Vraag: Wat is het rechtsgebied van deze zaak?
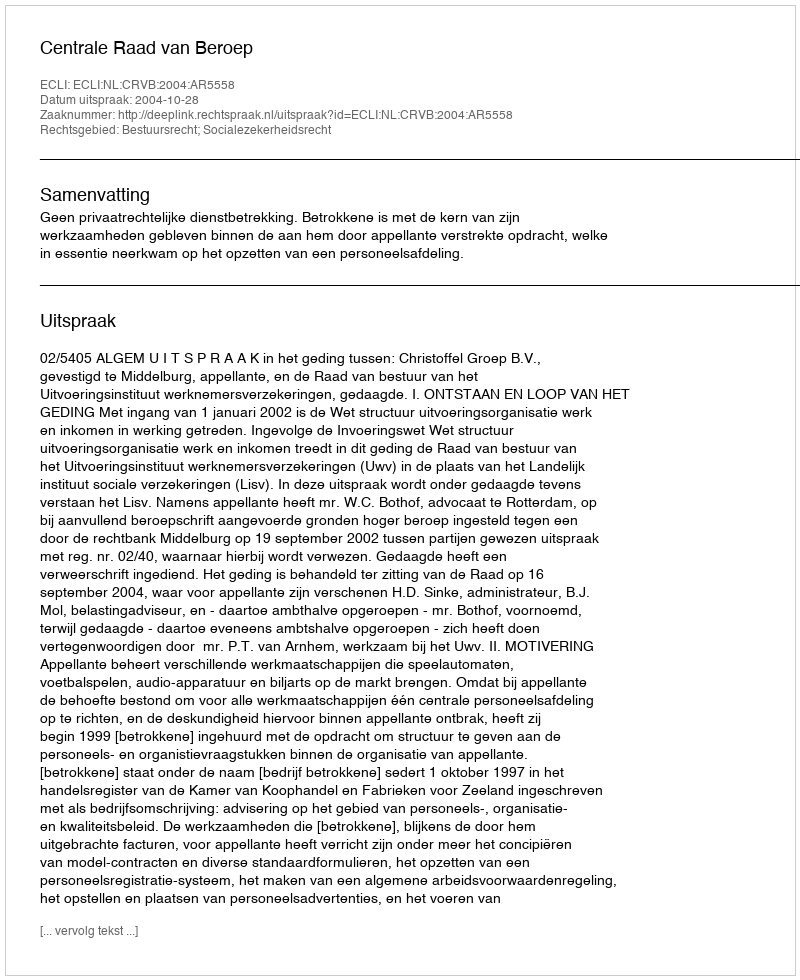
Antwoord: Bestuursrecht; Socialezekerheidsrecht